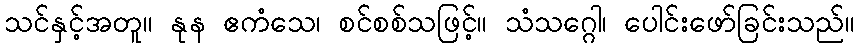
သင်နှင့်အတူ။ နုန ဧကံသေ၊ စင်စစ်သဖြင့်။ သံသဂ္ဂေါ၊ ပေါင်းဖော်ခြင်းသည်။